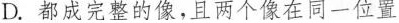
D.都成完整的像，且两个像在同一位置